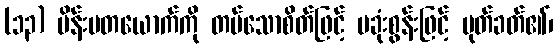
(၁၃) မိန်းမတယောက်ကို တပ်သောစိတ်ဖြင့် ပခုံးစွန်းဖြင့် ပုတ်ခတ်၏၊